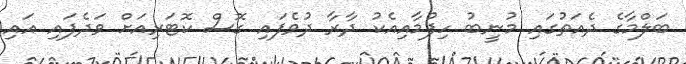
ބަލްމާގެ ދެއަތުގައި މުނީބު ހިފުމާއިއެކު ދާރާ ދުވެފައި ގޮސް ކޮޓަރިއަށް ވަދެފައި އައި